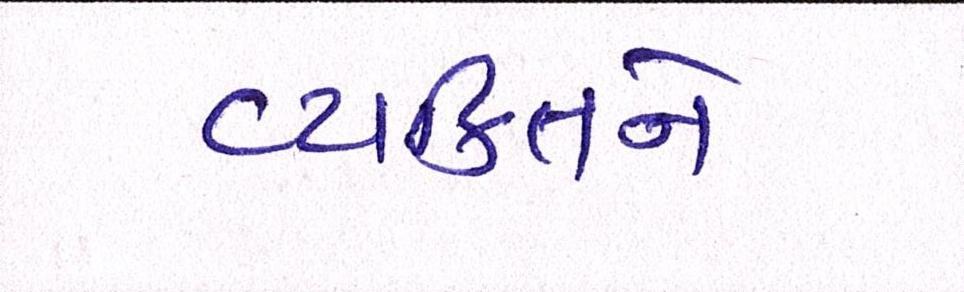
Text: વ્યકિતને